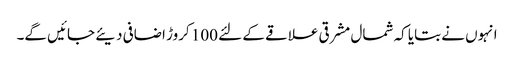
انہوں نے بتایا کہ شمال مشرقی علاقے کے لئے 100 کروڑ اضافی دیئے جائیں گے۔